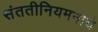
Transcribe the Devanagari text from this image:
संततीनियमनाचे